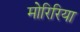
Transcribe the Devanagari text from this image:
मोरिरिया